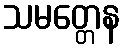
သမတ္တေန